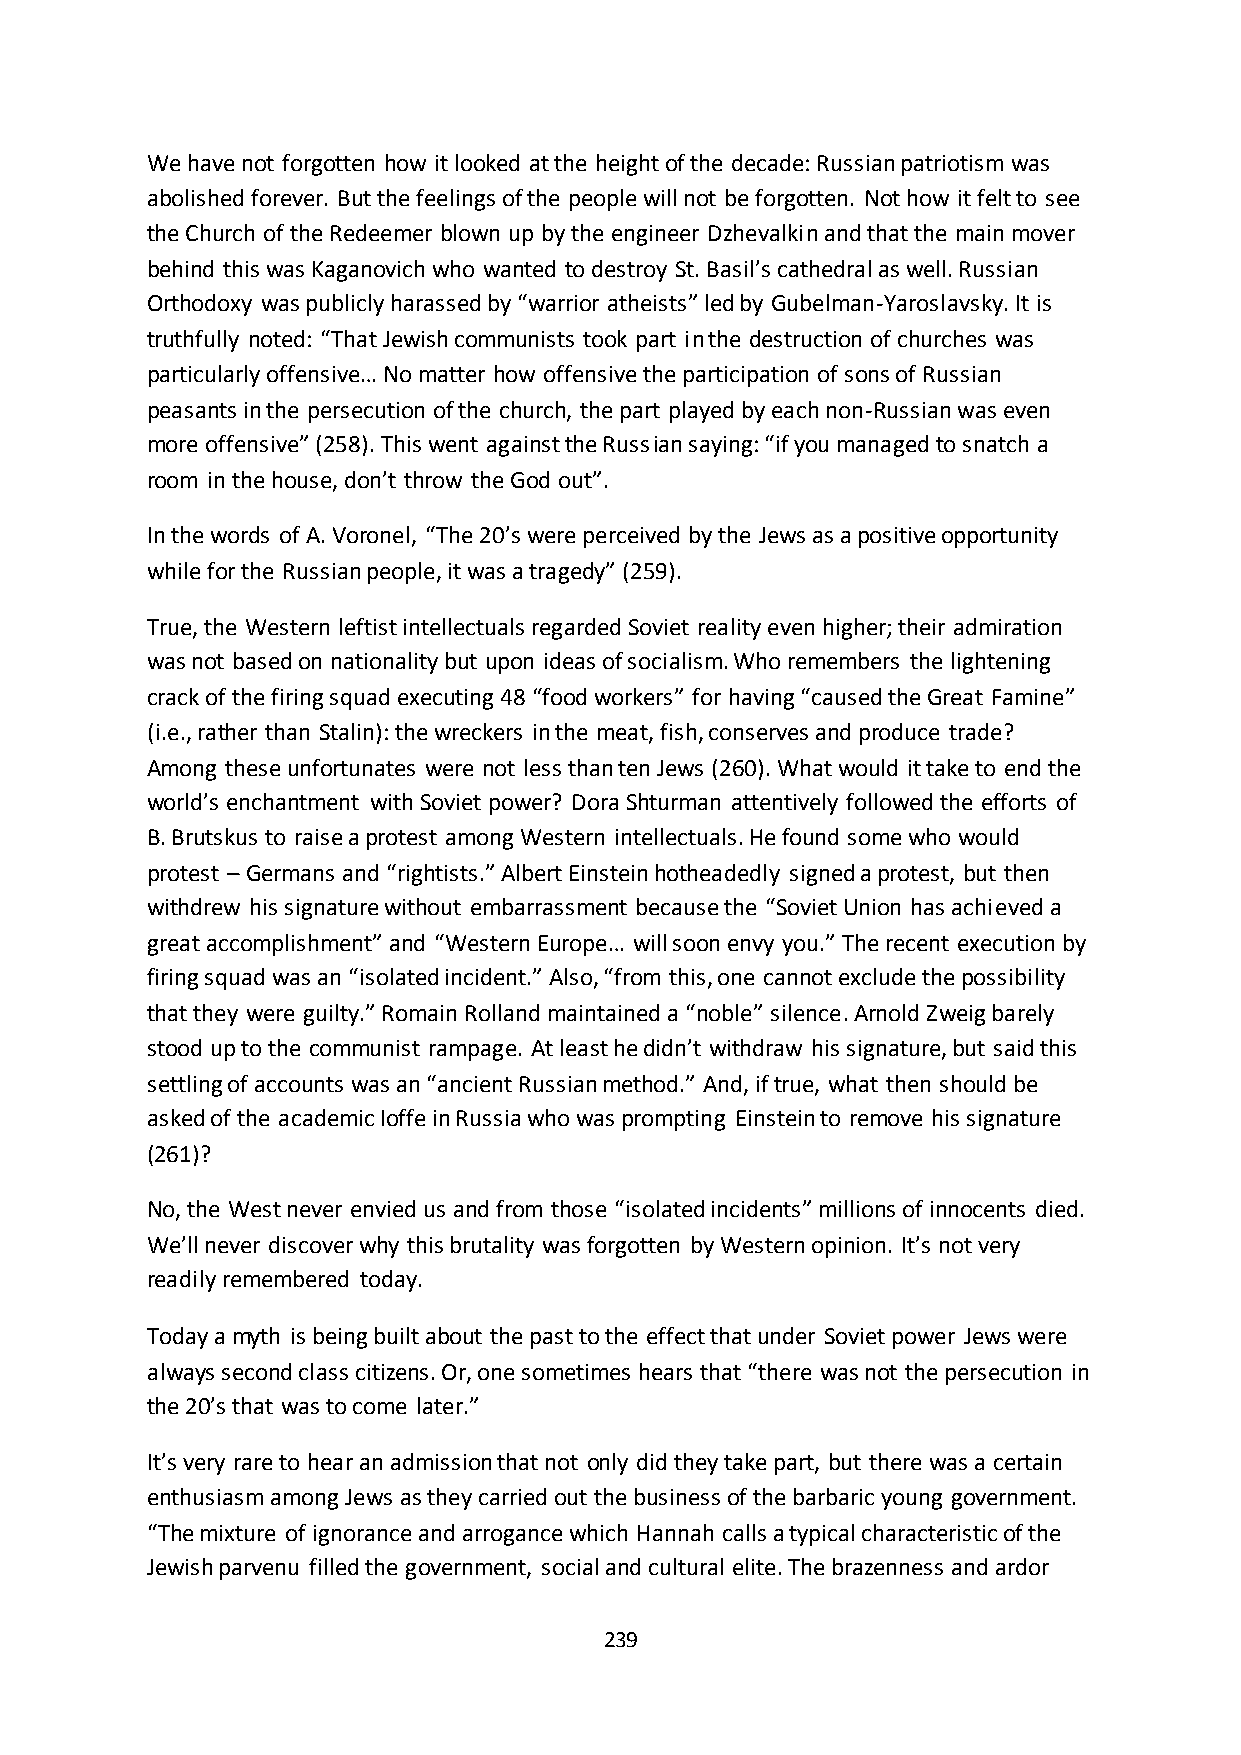
We have not forgotten how it looked at the height of the decade: Russian patriotism was
 abolished forever. But the feelings of the people will not be forgotten. Not how it felt to see
 the Church of the Redeemer blown up by the engineer Dzhevalkin and that the main mover
 behind this was Kaganovich who wanted to destroy St. Basil’s cathedral as well. Russian
 Orthodoxy was publicly harassed by “warrior atheists” led by Gubelman-Yaroslavsky. It is
 truthfully noted: “That Jewish communists took part in the destruction of churches was
 particularly offensive… No matter how offensive the participation of sons of Russian
 peasants in the persecution of the church, the part played by each non-Russian was even
 more offensive” (258). This went against the Russian saying: “if you managed to snatch a
 room in the house, don’t throw the God out”.
 In the words of A. Voronel, “The 20’s were perceived by the Jews as a positive opportunity
 while for the Russian people, it was a tragedy” (259).
 True, the Western leftist intellectuals regarded Soviet reality even higher; their admiration
 was not based on nationality but upon ideas of socialism. Who remembers the lightening
 crack of the firing squad executing 48 “food workers” for having “caused the Great Famine”
 (i.e., rather than Stalin): the wreckers in the meat, fish, conserves and produce trade?
 Among these unfortunates were not less than ten Jews (260). What would it take to end the
 world’s enchantment with Soviet power? Dora Shturman attentively followed the efforts of
 B. Brutskus to raise a protest among Western intellectuals. He found some who would
 protest – Germans and “rightists.” Albert Einstein hotheadedly signed a protest, but then
 withdrew his signature without embarrassment because the “Soviet Union has achieved a
 great accomplishment” and “Western Europe… will soon envy you.” The recent execution by
 firing squad was an “isolated incident.” Also, “from this, one cannot exclude the possibility
 that they were guilty.” Romain Rolland maintained a “noble” silence. Arnold Zweig barely
 stood up to the communist rampage. At least he didn’t withdraw his signature, but said this
 settling of accounts was an “ancient Russian method.” And, if true, what then should be
 asked of the academic Ioffe in Russia who was prompting Einstein to remove his signature
 (261)?
 No, the West never envied us and from those “isolated incidents” millions of innocents died.
 We’ll never discover why this brutality was forgotten by Western opinion. It’s not very
 readily remembered today.
 Today a myth is being built about the past to the effect that under Soviet power Jews were
 always second class citizens. Or, one sometimes hears that “there was not the persecution in
 the 20’s that was to come later.”
 It’s very rare to hear an admission that not only did they take part, but there was a certain
 enthusiasm among Jews as they carried out the business of the barbaric young government.
 “The mixture of ignorance and arrogance which Hannah calls a typical characteristic of the
 Jewish parvenu filled the government, social and cultural elite. The brazenness and ardor
 239